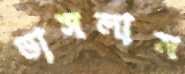
ভাসলাম